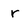
Character: r